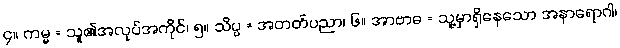
၄။ ကမ္မ = သူ၏အလုပ်အကိုင်၊ ၅။ သိပ္ပ = အတတ်ပညာ၊ ၆။ အာဗာဓ = သူ့မှာရှိနေသော အနာရောဂါ၊